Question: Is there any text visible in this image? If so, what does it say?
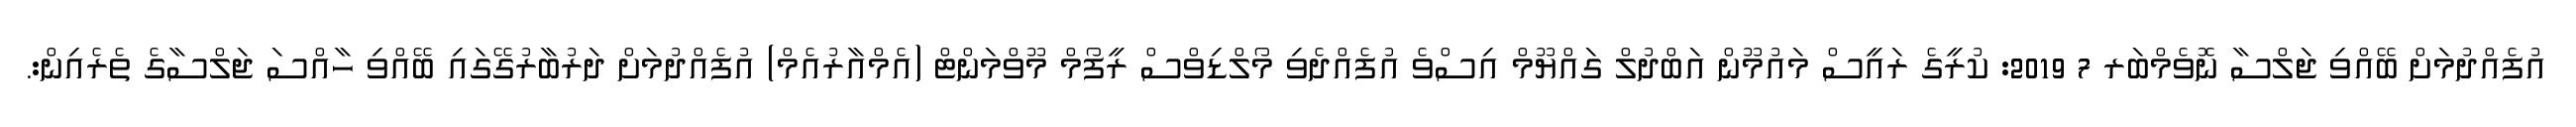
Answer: އުފެއްދުމަށް ބޭއްވި ޖަލްސާ ނޮވެމްބަރ 7 2019: ކުރީގެ ރައީސް މައުމޫން އަބްދުލް ގައްޔޫމް އިސްވެ އުފެއްދެވި މޯލްޑިވްސް ރީފޯމް މޫވްމަންޓް (އެމްއާރުއެމް) އުފެއްދުމަށް ދަރުބާރުގޭގައި ބޭއްވި ހާއްސަ ޖަލްސާގެ ތެރެއިން:.